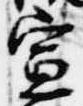
宣